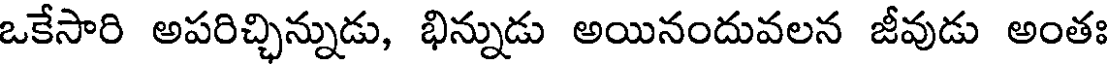
ఒకేసారి అపరిచ్చిన్నుడు, భిన్నుడు అయినందువలన జీవుడు అంతః